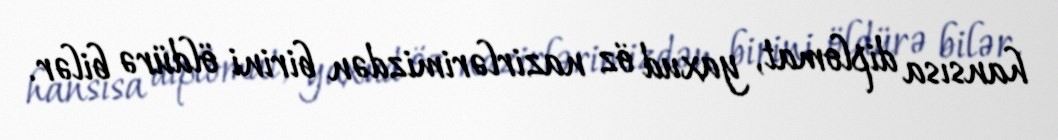
hansısa diplomat, yaxud öz nazirlərimizdən birini öldürə bilər.